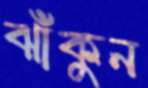
ঝাঁকুন